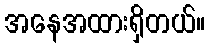
အနေအထားရှိတယ်။